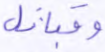
وقبائل